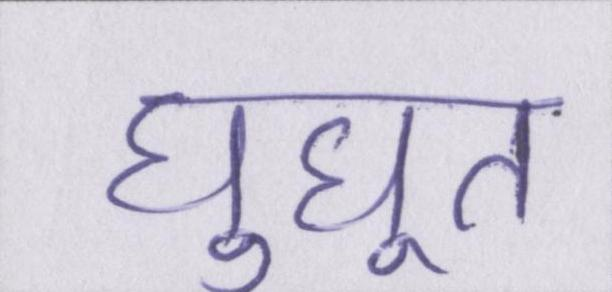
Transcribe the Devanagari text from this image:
घुघूत